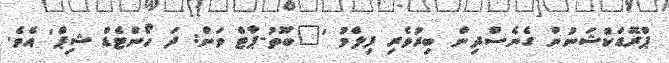
ޕްރޮޑަކްޝަނުން ގެނެސްދިން ބިރުވެރި ފިލްމު '"ބޫތު-ޕާޓް ވަން: ދަ ހޯންޓެޑް ޝިޕް' އެވެ.